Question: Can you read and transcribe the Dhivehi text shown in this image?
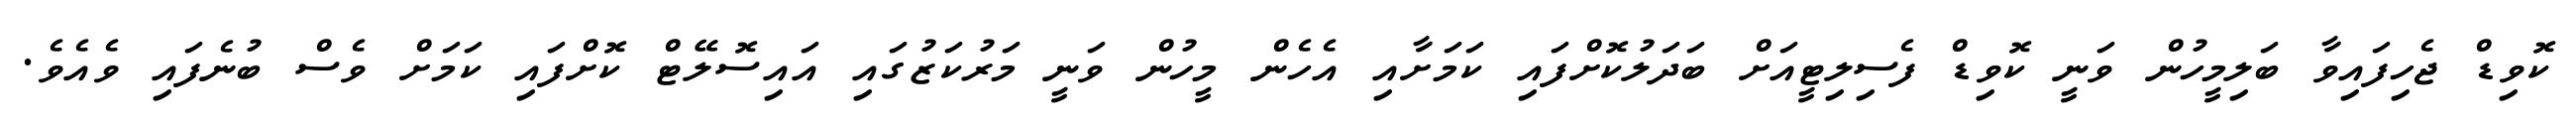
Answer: ކޮވިޑް ޖެހިފައިވާ ބަލިމީހުން ވަނީ ކޮވިޑް ފެސިލިޓީއަށް ބަދަލުކޮށްފައި ކަމަށާއި އެހެން މީހުން ވަނީ މަރުކަޒުގައި އައިސޮލޭޓް ކޮށްފައި ކަމަށް ވެސް ބުނެފައި ވެއެވެ.